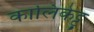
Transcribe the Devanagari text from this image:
कालिकेट्टु